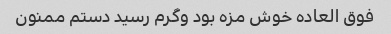
فوق العاده خوش مزه بود و‌گرم رسید دستم ممنون